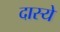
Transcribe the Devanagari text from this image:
दास्ये